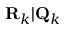
\mathbf { R } _ { k } | \mathbf { Q } _ { k }